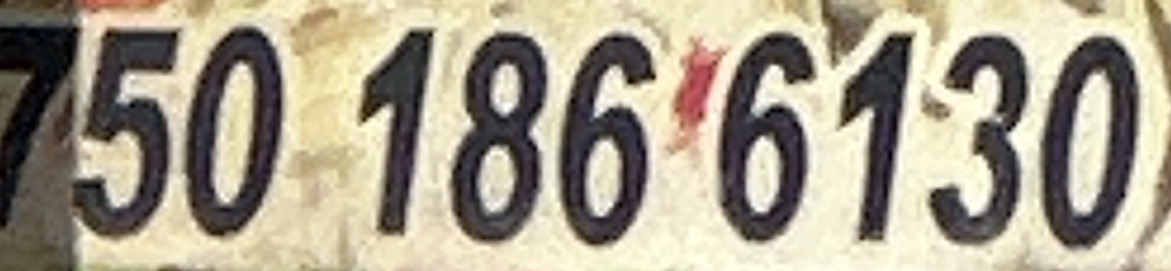
750 186 6130